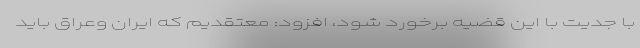
با جدیت با این قضیه برخورد شود، افزود: معتقدیم که ایران وعراق باید